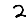
Digit: 2